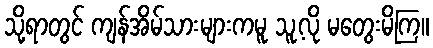
သို့ရာတွင် ကျန်အိမ်သားများကမူ သူ့လို မတွေးမိကြ။